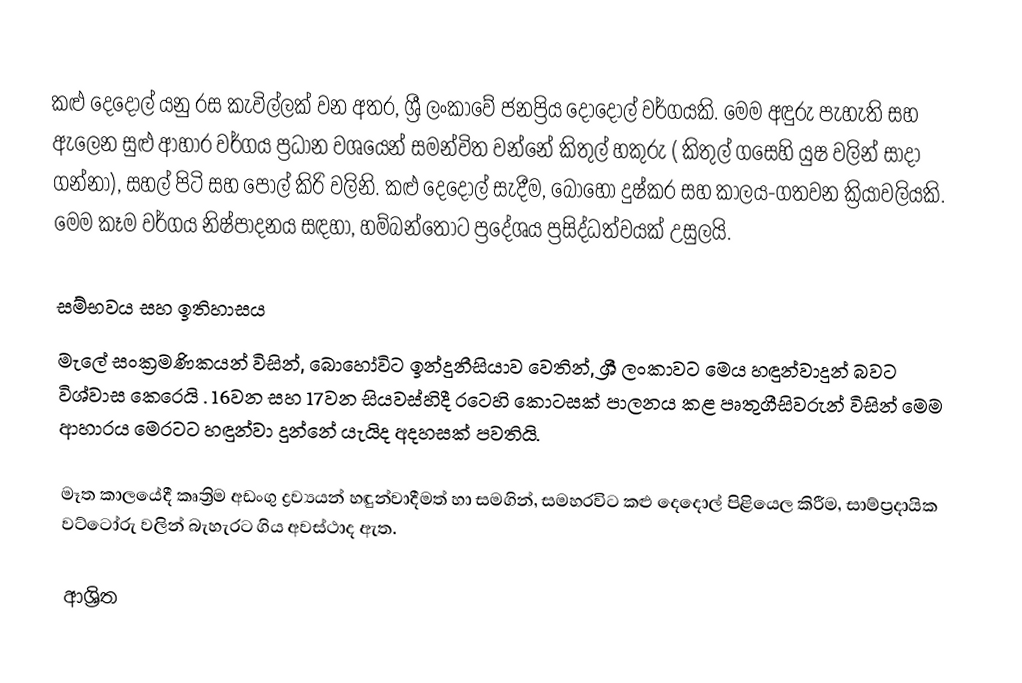
කළු දෙදොල්  යනු රස කැවිල්ලක් වන අතර, ශ්‍රී ලංකාවේ ජනප්‍රිය දොදොල් වර්ගයකි. මෙම අඳුරු පැහැති සහ ඇලෙන සුළු ආහාර වර්ගය ප්‍රධාන වශයෙන් සමන්විත වන්නේ කිතුල් හකුරු ( කිතුල් ගසෙහි යුෂ වලින් සාදා ගන්නා), සහල් පිටි සහ  පොල් කිරි වලිනි. කළු දෙදොල් සැදීම,  බොහෝ දුෂ්කර සහ කාලය-ගතවන ක්‍රියාවලියකි. මෙම කෑම වර්ගය නිෂ්පාදනය සඳහා,  හම්බන්තොට ප්‍රදේශය ප්‍රසිද්ධත්වයක් උසුලයි.

සම්භවය සහ ඉතිහාසය
මැලේ සංක්‍රමණිකයන් විසින්,  බොහෝවිට  ඉන්දුනීසියාව වෙතින්,  ශ්‍රී ලංකාවට මෙය හඳුන්වාදුන් බවට විශ්වාස කෙරෙයි  .  16වන සහ 17වන සියවස්හිදී  රටෙහි කොටසක් පාලනය කළ පෘතුගීසිවරුන් විසින් මෙම ආහාරය මෙරටට හඳුන්වා දුන්නේ යැයිද අදහසක් පවතියි.

මෑත කාලයේදී කෘත්‍රිම අඩංගු ද්‍රව්‍යයන් හඳුන්වාදීමත් හා සමගින්, සමහරවිට කළු දෙදොල් පිළියෙල කිරීම,  සාම්ප්‍රදායික වට්ටෝරු වලින් බැහැරට ගිය අවස්ථාද ඇත.

ආශ්‍රිත